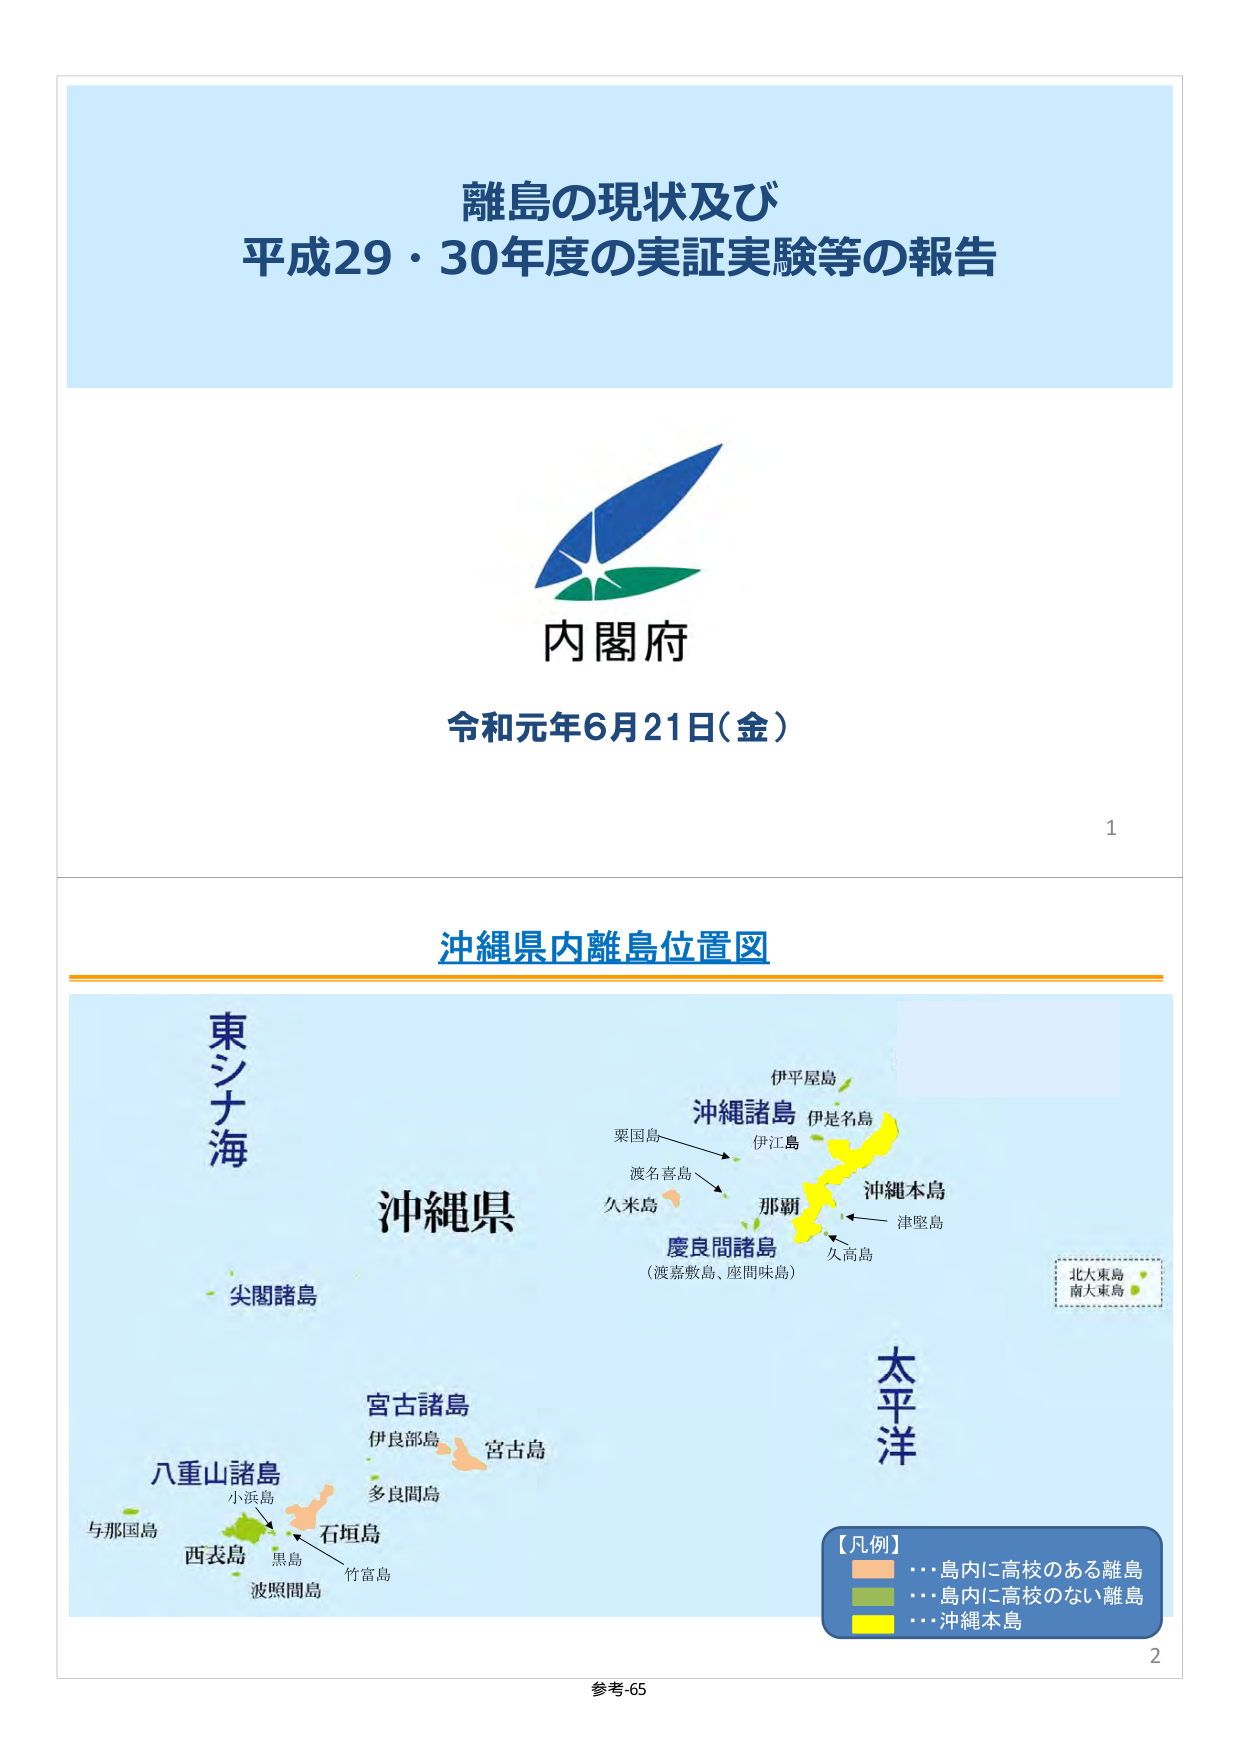
離島の現状及び
平成29・30年度の実証実験等の報告

内閣府
令和元年6月21日（金）

1

沖縄県内離島位置図

東シナ海
沖縄県
尖閣諸島
八重山諸島
与那国島
小浜島
西表島
黒島
波照間島
石垣島
竹富島
多良間島
宮古諸島
伊良部島
宮古島
沖縄諸島
伊平屋島
伊是名島
伊江島
粟国島
渡名喜島
久米島
那覇
慶良間諸島
（渡嘉敷島、座間味島）
沖縄本島
津堅島
久高島
北大東島
南大東島
太平洋

【凡例】
…島内に高校のある離島
…島内に高校のない離島
…沖縄本島

2
参考-65